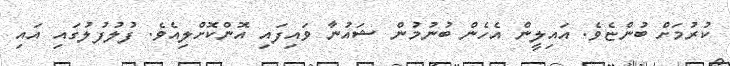
ކުުރުމަށް ބުންޏެވެ. އައިލީން އެހެން ބުނުމުން ޝައުނާ ވައިފައި އޮންކޮށްލިއެވެ. ފުލުފުލުގައި އައި